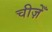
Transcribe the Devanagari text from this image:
चीज़ेँ